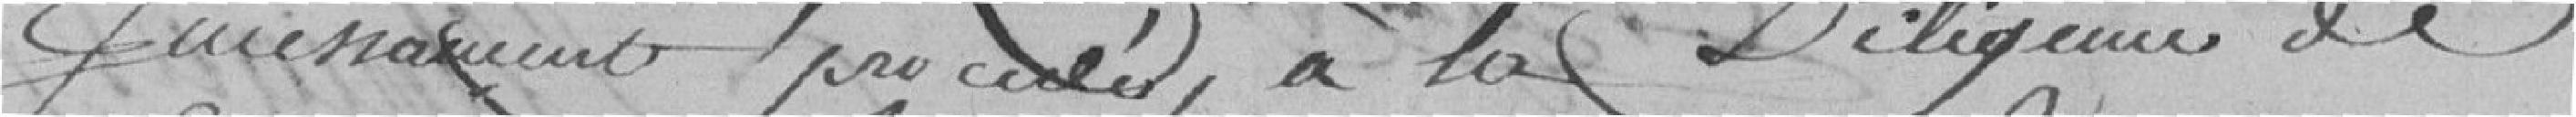
puissamment procédé à la diligence de